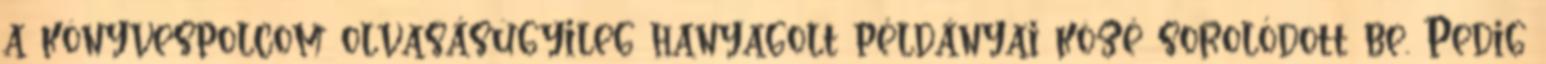
a könyvespolcom olvasásügyileg hanyagolt példányai közé sorolódott be. Pedig